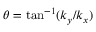
\theta = \tan ^ { - 1 } ( k _ { y } / k _ { x } )